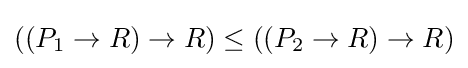
((P_{1}\to R)\to R)\leq ((P_{2}\to R)\to R)